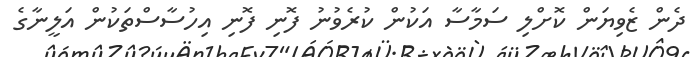
ދެން ޒެވިޔަން ކޮށްލި ސަމާސާ އަކުން ކުރެވުނު ފޮނި ފޮނި އިހުސާސްތަކުން އަލީނާގެ